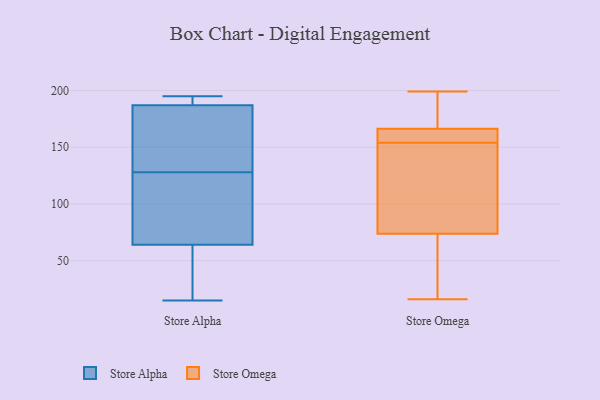
{"axis": {"x": "Demand Index", "y": "Value"}, "legend": ["Store Alpha", "Store Omega"], "data": [{"x": "", "y": 189, "type": "Store Alpha"}, {"x": "", "y": 77, "type": "Store Alpha"}, {"x": "", "y": 46, "type": "Store Alpha"}, {"x": "", "y": 195, "type": "Store Alpha"}, {"x": "", "y": 64, "type": "Store Alpha"}, {"x": "", "y": 195, "type": "Store Alpha"}, {"x": "", "y": 91, "type": "Store Alpha"}, {"x": "", "y": 131, "type": "Store Alpha"}, {"x": "", "y": 15, "type": "Store Alpha"}, {"x": "", "y": 42, "type": "Store Alpha"}, {"x": "", "y": 184, "type": "Store Alpha"}, {"x": "", "y": 64, "type": "Store Alpha"}, {"x": "", "y": 171, "type": "Store Alpha"}, {"x": "", "y": 188, "type": "Store Alpha"}, {"x": "", "y": 125, "type": "Store Alpha"}, {"x": "", "y": 186, "type": "Store Alpha"}, {"x": "", "y": 164, "type": "Store Omega"}, {"x": "", "y": 158, "type": "Store Omega"}, {"x": "", "y": 164, "type": "Store Omega"}, {"x": "", "y": 112, "type": "Store Omega"}, {"x": "", "y": 183, "type": "Store Omega"}, {"x": "", "y": 144, "type": "Store Omega"}, {"x": "", "y": 162, "type": "Store Omega"}, {"x": "", "y": 183, "type": "Store Omega"}, {"x": "", "y": 109, "type": "Store Omega"}, {"x": "", "y": 62, "type": "Store Omega"}, {"x": "", "y": 191, "type": "Store Omega"}, {"x": "", "y": 199, "type": "Store Omega"}, {"x": "", "y": 154, "type": "Store Omega"}, {"x": "", "y": 142, "type": "Store Omega"}, {"x": "", "y": 16, "type": "Store Omega"}, {"x": "", "y": 43, "type": "Store Omega"}, {"x": "", "y": 45, "type": "Store Omega"}, {"x": "", "y": 17, "type": "Store Omega"}, {"x": "", "y": 167, "type": "Store Omega"}]}